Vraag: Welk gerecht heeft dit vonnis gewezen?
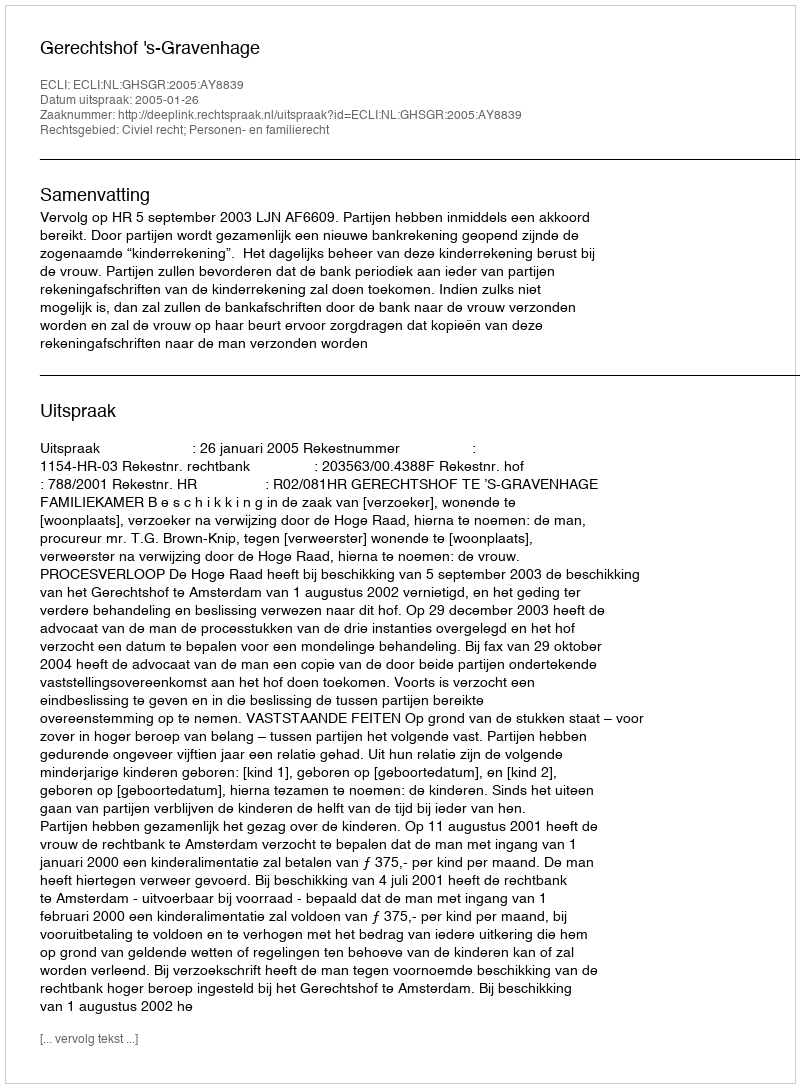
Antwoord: Gerechtshof 's-Gravenhage